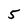
Character: 5